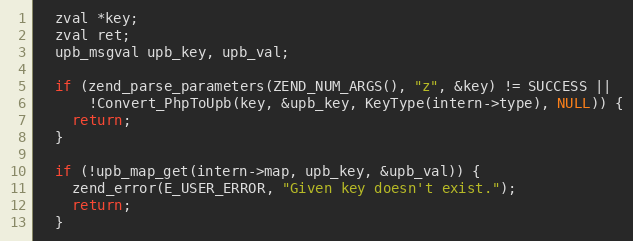
Language: C
  zval *key;
  zval ret;
  upb_msgval upb_key, upb_val;

  if (zend_parse_parameters(ZEND_NUM_ARGS(), "z", &key) != SUCCESS ||
      !Convert_PhpToUpb(key, &upb_key, KeyType(intern->type), NULL)) {
    return;
  }

  if (!upb_map_get(intern->map, upb_key, &upb_val)) {
    zend_error(E_USER_ERROR, "Given key doesn't exist.");
    return;
  }